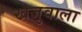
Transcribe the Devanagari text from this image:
खजुवाला